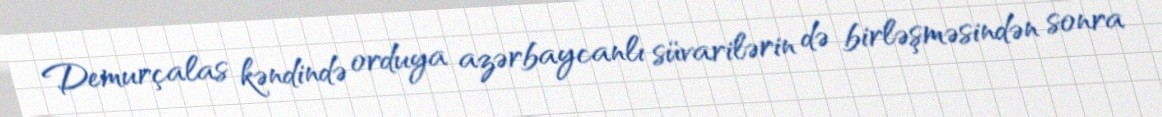
Demurçalas kəndində orduya azərbaycanlı süvarilərin də birləşməsindən sonra